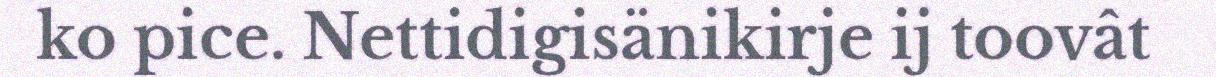
ko pice. Nettidigisänikirje ij toovât